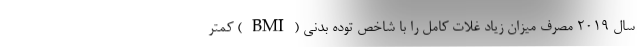
سال 2019 مصرف میزان زیاد غلات کامل را با شاخص توده بدنی (BMI) کمتر